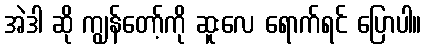
အဲဒါ ဆို ကျွန်တော့်ကို ဆူးလေ ရောက်ရင် ပြောပါ။